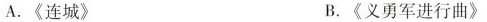
A.《连城》 B.《义勇军进行曲》